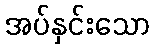
အပ်နှင်းသော